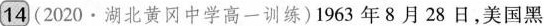
14 (2020\cdot 湖北黄冈中学高一训练)1963年8月28日，美国黑